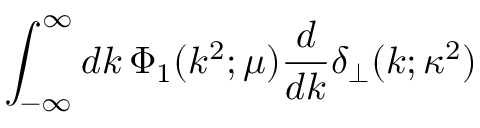
\int _ { - \infty } ^ { \infty } d k \, \Phi _ { 1 } ( k ^ { 2 } ; \mu ) \frac { d } { d k } \delta _ { \perp } ( k ; \kappa ^ { 2 } )